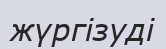
жүргізуді